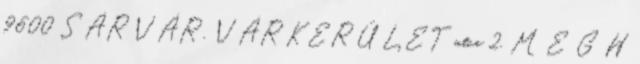
9600 SÁRVÁR, VÁRKERÜLET utca 2. M E G H